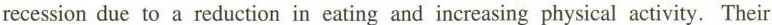
recession due to a reduction in eating and increasing physical activity. Their